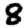
Digit: 8